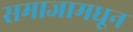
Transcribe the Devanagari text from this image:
समाजामधून